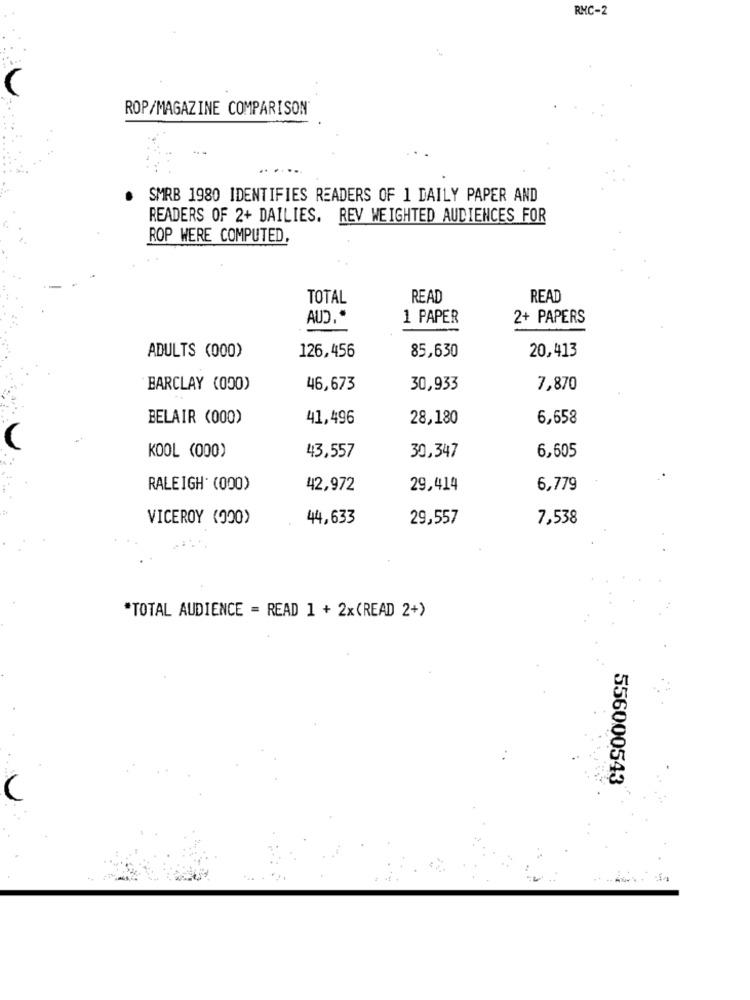
RMC-2
ROP/MAGAZINE COMPARISON
SMRB 1980 IDENTIFIES READERS OF 1 DAILY PAPER AND
READERS OF 2+ DAILIES. REV WEIGHTED AUDIENCES FOR
ROP WERE COMPUTED,
TOTAL
READ
READ
AUD.
1 PAPER
2+ PAPERS
ADULTS (000)
126,456
20,413
85,630
BARCLAY (000)
46,673
30,933
7,870
BELAIR (000)
41,496
28,180
6,658
6,605
KOOL (000)
43,557
30,347
RALEIGH' (000)
42,972
29,414
6,779
VICEROY (000)
44,633
29,557
7,538
*TOTAL AUDIENCE = READ 1 + 2x(READ 2+)
556000543